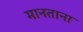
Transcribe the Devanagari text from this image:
मानताना